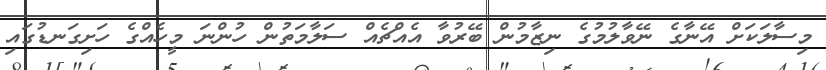
މިސާލަކަށް އޭނާގެ ނޭވާލުމުގެ ނިޒާމުން ބޭރުވާ އެއްޗެއް ސަލާމަތުން ހުންނަ މީހެއްގެ ހަށިގަނޑުގައި